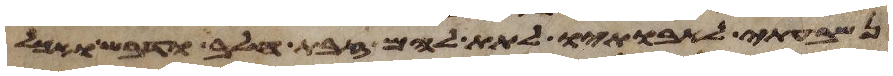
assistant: נשבעתי לאבתיו לתת להם זבת חלב ודבש ואכל